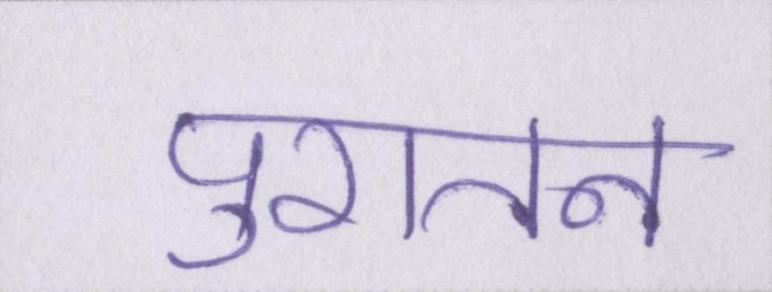
पुरातन